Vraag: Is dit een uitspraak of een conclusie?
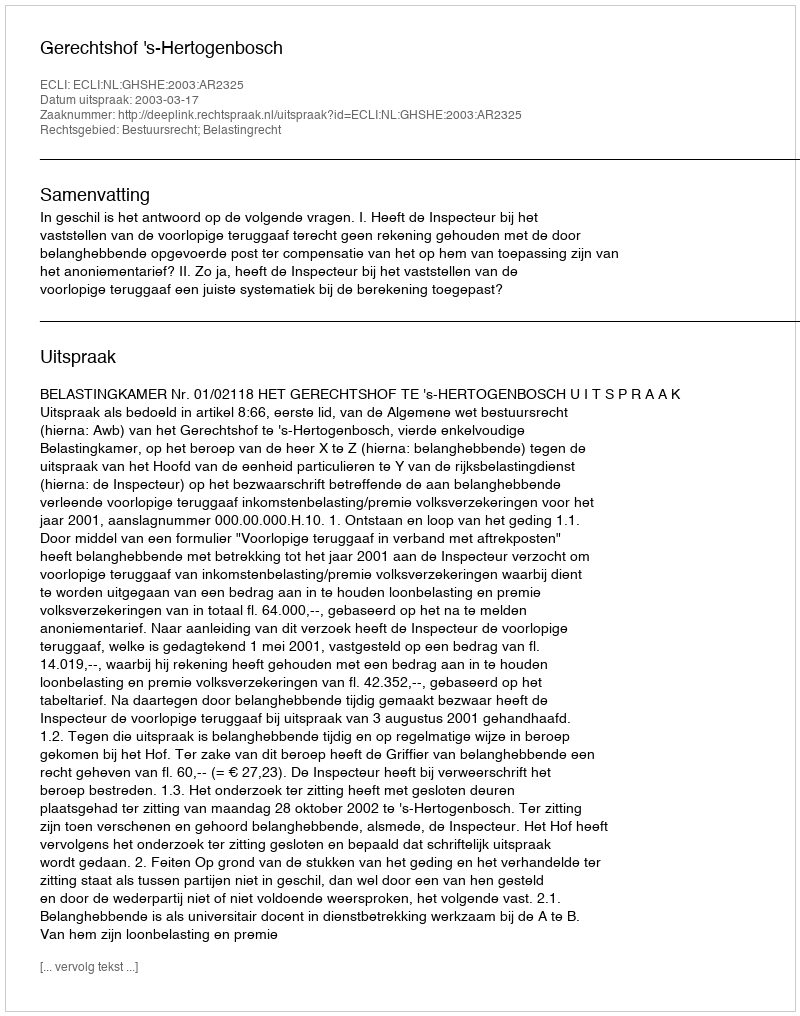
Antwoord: Uitspraak